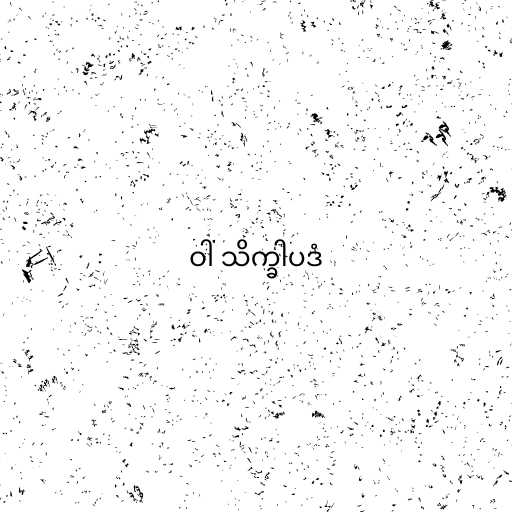
ဝါ သိက္ခါပဒံ